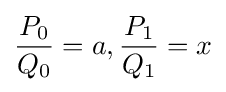
{\frac {P_{0}}{Q_{0}}}=a,{\frac {P_{1}}{Q_{1}}}=x